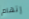
إتهام